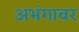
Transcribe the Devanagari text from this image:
अभंगावर